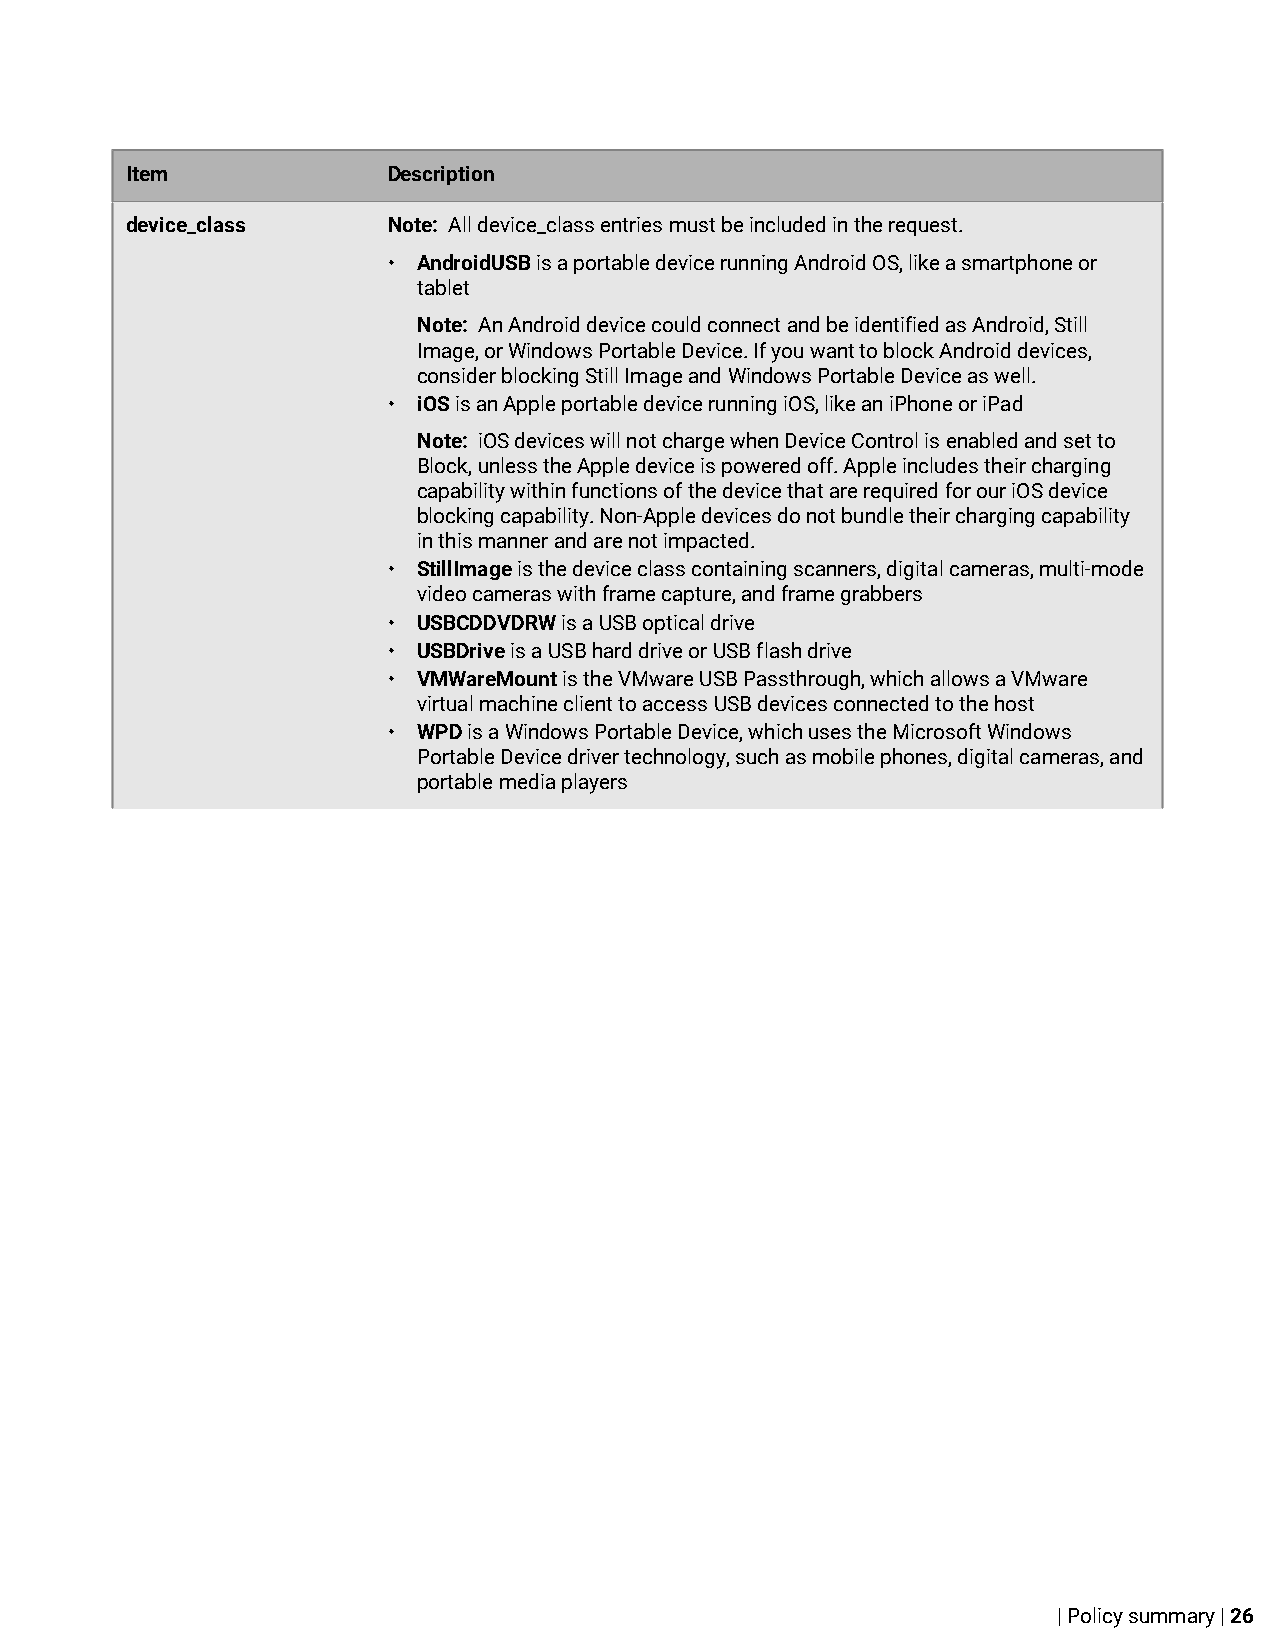
Item              Description
 device_class      Note: All device_class entries must be included in the request.
 • AndroidUSB is a portable device running Android OS, like a smartphone or
 tablet
 Note: An Android device could connect and be identified as Android, Still
 Image, or Windows Portable Device. If you want to block Android devices,
 consider blocking Still Image and Windows Portable Device as well.
 • iOS is an Apple portable device running iOS, like an iPhone or iPad
 Note: iOS devices will not charge when Device Control is enabled and set to
 Block, unless the Apple device is powered off. Apple includes their charging
 capability within functions of the device that are required for our iOS device
 blocking capability. Non-Apple devices do not bundle their charging capability
 in this manner and are not impacted.
 • StillImage is the device class containing scanners, digital cameras, multi-mode
 video cameras with frame capture, and frame grabbers
 • USBCDDVDRW is a USB optical drive
 • USBDrive is a USB hard drive or USB flash drive
 • VMWareMount is the VMware USB Passthrough, which allows a VMware
 virtual machine client to access USB devices connected to the host
 • WPD is a Windows Portable Device, which uses the Microsoft Windows
 Portable Device driver technology, such as mobile phones, digital cameras, and
 portable media players
 | Policy summary | 26